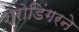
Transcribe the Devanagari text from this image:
श्रोडिंगरने